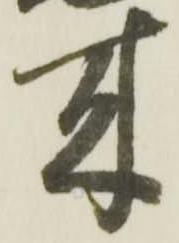
来